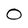
Character: O